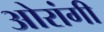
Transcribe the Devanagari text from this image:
ओरांगी